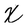
Character: X